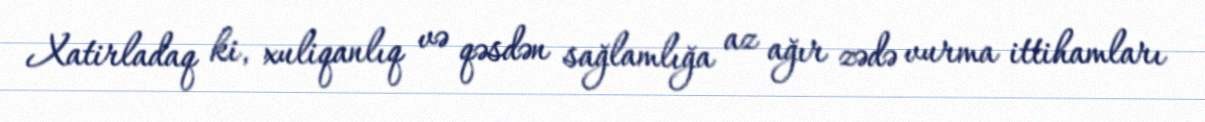
Xatirladaq ki, xuliqanlıq və qəsdən sağlamlığa az ağır zədə vurma ittihamları